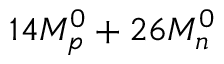
1 4 M _ { p } ^ { 0 } + 2 6 M _ { n } ^ { 0 }